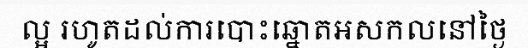
ល្អ រហូតដល់ការបោះឆ្នោតអសកលនៅថ្ងៃ